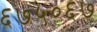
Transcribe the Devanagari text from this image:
६७५०६७